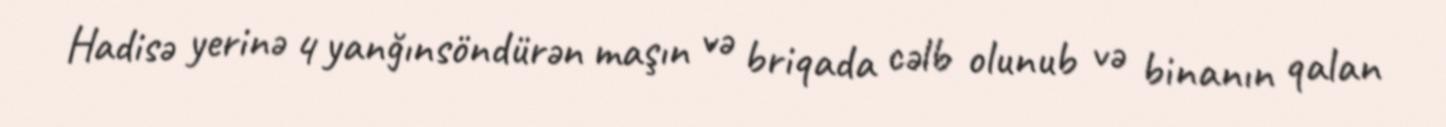
Hadisə yerinə 4 yanğınsöndürən maşın və briqada cəlb olunub və binanın qalan